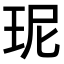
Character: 𤤗